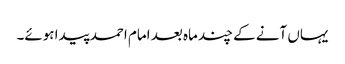
یہاں آنے کے چند ماہ بعد امام احمد پیدا ہوئے۔